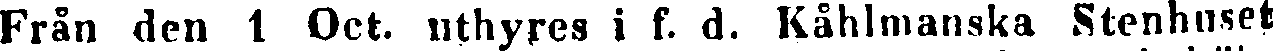
Från den 1 Oct. uthyres i f. d. Kåhlmanska Stenhuset